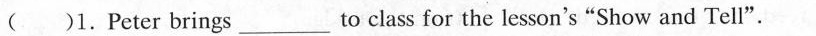
( )1. Peter brings ___to class for the lesson's "Show and Tell".